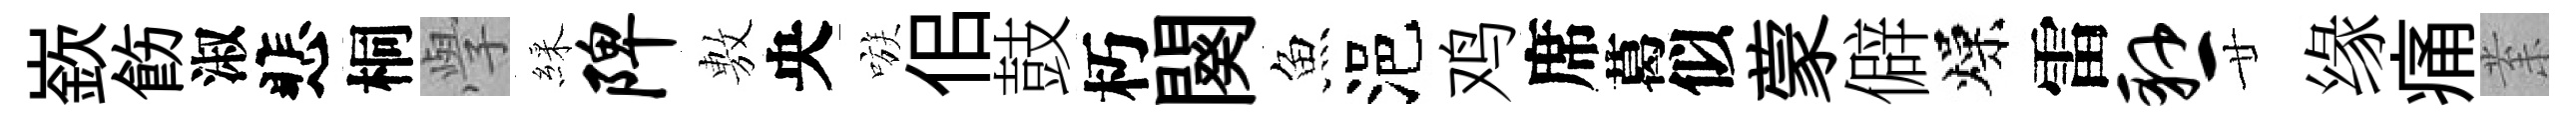
嶔飭淑悲桐𭓕綵陴𢾾央嗾佀鼓朽闋魚浥鸡席葛似蒙僻燥雷悬廿缘痛𭪙